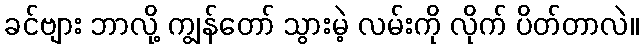
ခင်ဗျား ဘာလို့ ကျွန်တော် သွားမဲ့ လမ်းကို လိုက် ပိတ်တာလဲ။